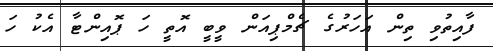
ފާއިތުވި ތިން އަހަރުގެ ޗެމްޕިއަން ވީބީ އޮތީ ހަ ޕޮއިންޓާ އެކު ހަ